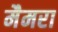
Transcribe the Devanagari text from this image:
मैमरा